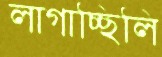
লাগাচ্ছিলি